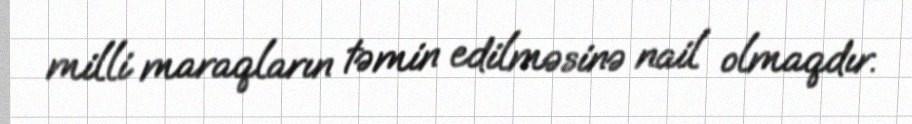
milli maraqların təmin edilməsinə nail olmaqdır.